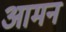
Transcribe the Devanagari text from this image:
आमन